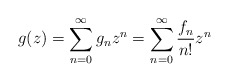
\begin{align*}g(z)=\sum_{n=0}^{\infty}{g_nz^n}=\sum_{n=0}^{\infty}{\frac{f_n}{n!}z^n}\end{align*}